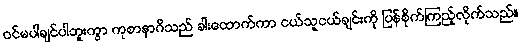
ဝင်မပါချင်ပါဘူးကွာ ကုစာနာဂိသည် ခါးထောက်ကာ ငယ်သူငယ်ချင်းကို ပြန်စိုက်ကြည့်လိုက်သည်။